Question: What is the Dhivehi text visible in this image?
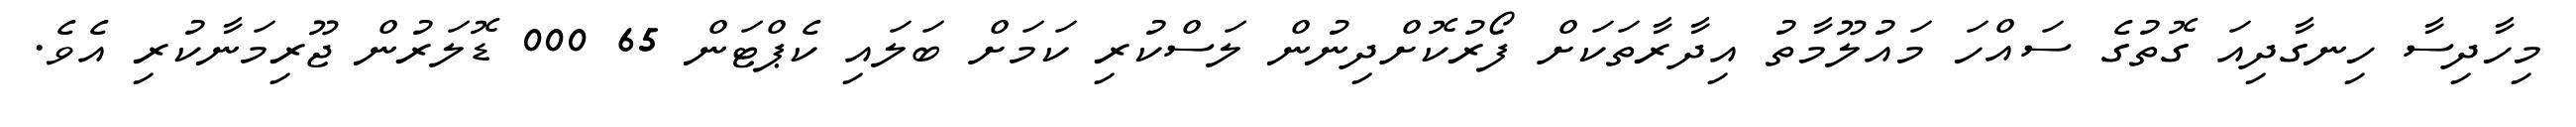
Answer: މިހާދިސާ ހިނގާދިއަ ގޮތުގެ ސައްހަ މައުލޫމާތު އިދާރާތަކަށް ފޯރުކޮށްދިނުން ލަސްކުރި ކަމަށް ބަލައި ކެޕްޓަން 65 000 ޑޮލަރުން ޖޫރިމަނާކުރި އެވެ.